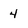
Character: 4